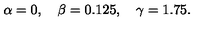
\alpha = 0 , \quad \beta = 0 . 1 2 5 , \quad \gamma = 1 . 7 5 .